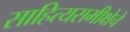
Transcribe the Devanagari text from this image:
साहित्यसमीक्षेचे